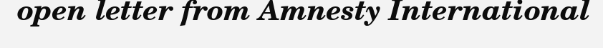
open letter from Amnesty International